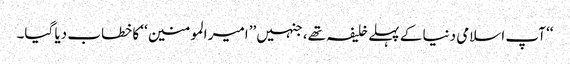
‘‘ آپ اسلامی دنیا کے پہلے خلیفہ تھے، جنہیں ’’امیر المومنین‘‘ کا خطاب دیا گیا۔